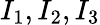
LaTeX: I_{1},I_{2},I_{3}